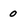
Character: 0